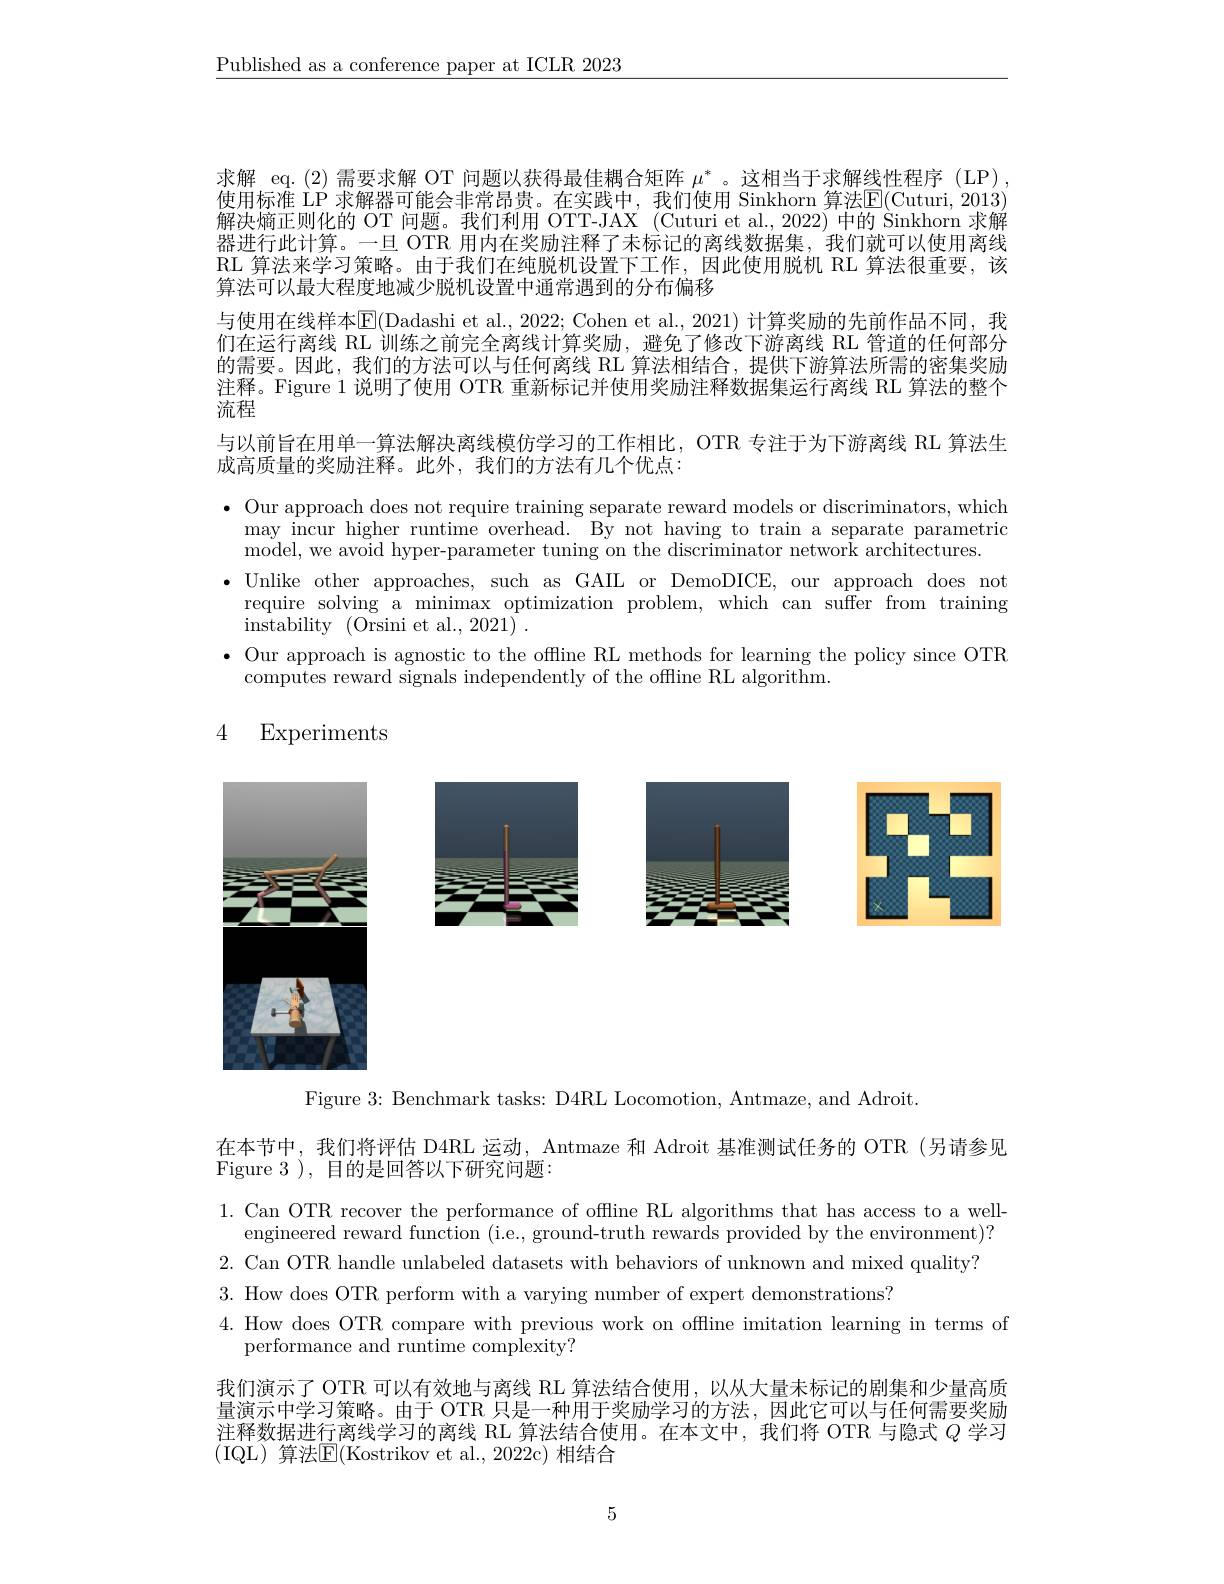
$\underline{\text{Published as a conference paper at ICLR 2023}}$

求解 eq.(2) 需要求解 OT 问题以获得最佳耦合矩阵$\mu^*$。这相当于求解线性程序 (LP) 使用标准 LP 求解器可能会非常昂贵。在实践中，我们使用 Sinkhorn 算法$\boxed{\mathrm{E}}($Cuturi, 2013) 解决熵正则化的 OT 问题。我们利用 OTT-JAX (Cuturi et al., 2022) 中的 Šinkhorn 求解器进行此计算。一旦 OTR 用内在奖励注释了未标记的离线数据集，我们就可以使用离线RL 算法来学习策略。由于我们在纯脱机设置下工作，因此使用脱机 RL 算法很重要，该算法可以最大程度地减少脱机设置中通常遇到的分布偏移
与使用在线样本$\operatorname{E}($Dadashi et al., 2022; Cohen et al., 2021) 计算奖励的先前作品不同，我们在运行离线 RL 训练之前完全离线计算奖励，避免了修改下游离线 RL 管道的任何部分的需要。因此，我们的方法可以与任何离线 RL 算法相结合，提供下游算法所需的密集奖励注释。Figure 1 说明了使用 OTR 重新标记并使用奖励注释数据集运行离线 RL 算法的整个流程
与以前旨在用单一算法解决离线模仿学习的工作相比，OTR 专注于为下游离线 RL 算法生
成高质量的奖励注释。此外，我们的方法有几个优点：
$\bullet$ Our approach does not require training separate reward models or discriminators, which
may incur higher runtime overhead. By not having to train a separate parametric
model, we avoid hyper-parameter tuning on the discriminator network architectures.
$\bullet$ Unlike other approaches, such as GAIL or DemoDICE, our approach does not
require solving a minimax optimization problem, which can suffer from training
instability (Orsini et al., 2021) .
$\bullet$ Our approach is agnostic to the offline RL methods for learning the policy since OTR
computes reward signals independently of the offline RL algorithm.

4 Experiments

<FigureHere>

<FigureHere>

<FigureHere>

Figure 3: Benchmark tasks: D4RL Locomotion, Antmaze, and Adroit.

在本节中，我们将评估 D4RL 运动，Antmaze 和 Adroit 基准测试任务的 OTR (另请参见
Figure 3 ), 目的是回答以下研究问题：

1. Can OTR recover the performance of offline RL algorithms that has access to a well-
engineered reward function (i.e., ground-truth rewards provided by the environment)? 2. Can OTR handle unlabeled datasets with behaviors of unknown and mixed quality? 3. How does OTR perform with a varying number of expert demonstrations?
4. How does OTR compare with previous work on offline imitation learning in terms of
performance and runtime complexity?

我们演示了 OTR 可以有效地与离线 RL 算法结合使用，以从大量未标记的剧集和少量高质量演示中学习策略。由于 OTR 只是一种用于奖励学习的方法，因此它可以与任何需要奖励注释数据进行离线学习的离线 RL 算法结合使用。在本文中，我们将 OTR 与隐式$Q$学习(IQL)算法$\mathbb{E}($Kostrikov et al., 2022c)相结合

5